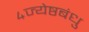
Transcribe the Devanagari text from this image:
४ज्येष्ठबंधु